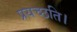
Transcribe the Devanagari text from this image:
प्रयच्छति।